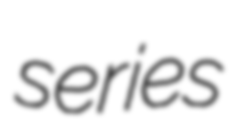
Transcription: series